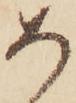
め